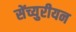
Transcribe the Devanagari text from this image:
सेंच्युरीयन